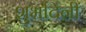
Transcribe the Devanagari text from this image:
शुभदिनीं